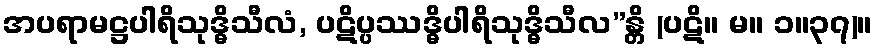
အပရာမဋ္ဌပါရိသုဒ္ဓိသီလံ, ပဋိပ္ပဿဒ္ဓိပါရိသုဒ္ဓိသီလ”န္တိ (ပဋိ။ မ။ ၁။၃၇)။